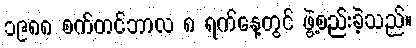
၁၉၈၈ စက်တင်ဘာလ ၈ ရက်နေ့တွင် ဖွဲ့စည်းခဲ့သည်။